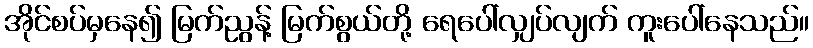
အိုင်စပ်မှနေ၍ မြက်ညွန့် မြက်စွယ်တို့ ရေပေါ်လျှပ်လျက် ကူးပေါ်နေသည်။